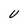
Character: U